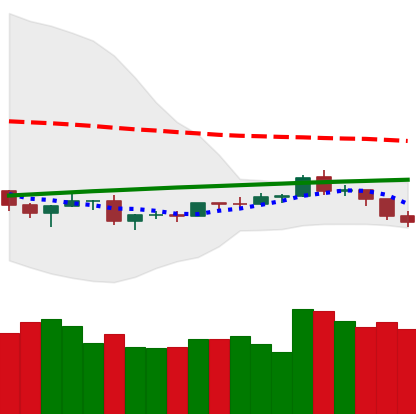
Ticker: ETH-USD
Chart end date: 2019-08-10
Forward return: -8.819%
Label: down_7plus